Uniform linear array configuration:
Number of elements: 4
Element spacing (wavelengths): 1
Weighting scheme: blackman
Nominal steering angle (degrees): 60
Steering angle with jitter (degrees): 61.097
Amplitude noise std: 0.05
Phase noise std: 0.05

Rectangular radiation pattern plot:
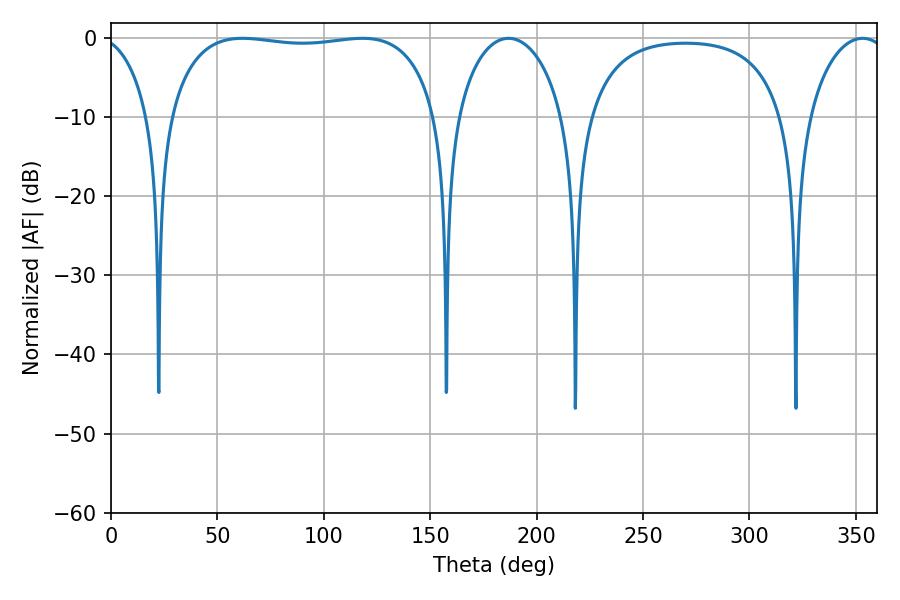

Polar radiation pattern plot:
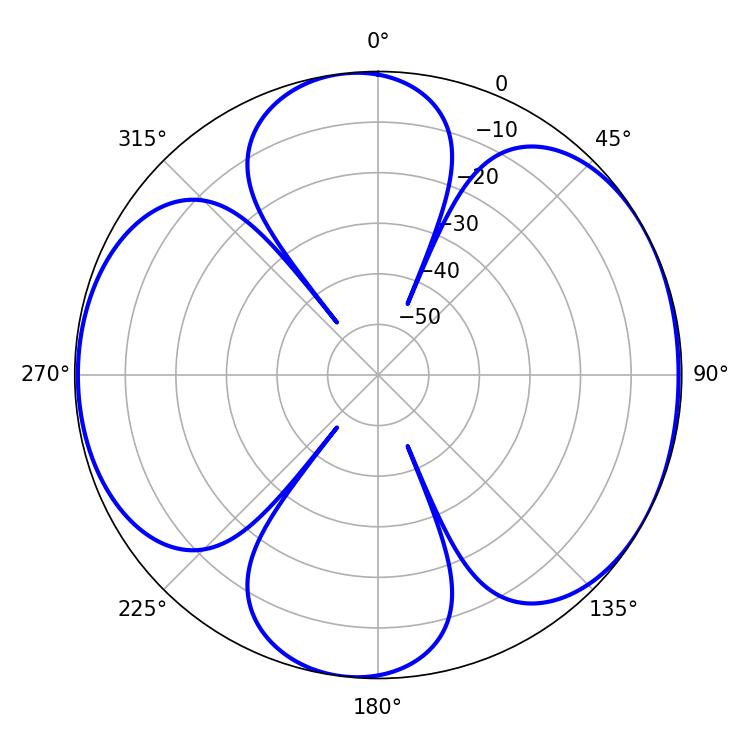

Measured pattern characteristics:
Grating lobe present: TRUE
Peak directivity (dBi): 6.451
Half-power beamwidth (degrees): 28.98
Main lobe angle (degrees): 186.84